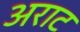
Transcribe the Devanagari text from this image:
अराट